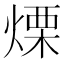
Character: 𤌣